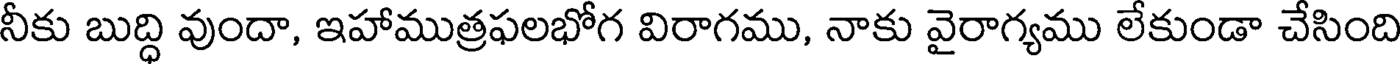
నీకు బుద్ధి వుందా, ఇహాముత్రఫలభోగ విరాగము, నాకు వైరాగ్యము లేకుండా చేసింది